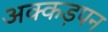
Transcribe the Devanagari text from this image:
अक्कड़पन